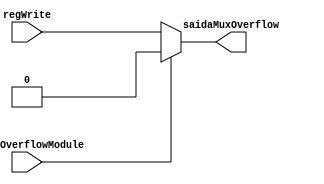
module MuxOverflow(regWrite, saidaOverflowModule, saidaMuxOverflow);

input [0:0] regWrite;
input [0:0] saidaOverflowModule;
output [0:0] saidaMuxOverflow;

wire [0:0] regWrite, saidaOverflowModule;
wire [0:0] saidaMuxOverflow;



assign saidaMuxOverflow [0:0] = (saidaOverflowModule==1) ? 0 : regWrite;


endmodule